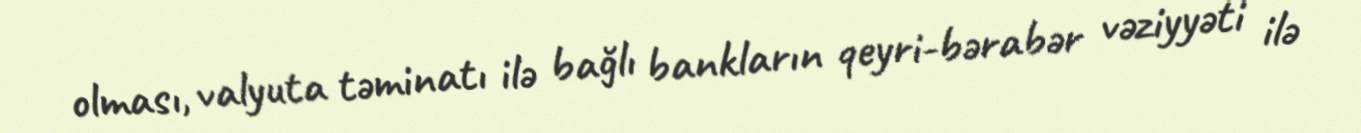
olması, valyuta təminatı ilə bağlı bankların qeyri-bərabər vəziyyəti ilə